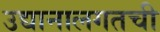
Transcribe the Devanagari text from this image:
उद्यानालगतची